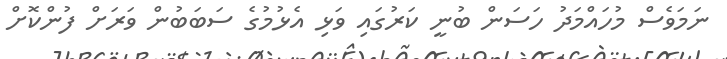
ނަމަވެސް މުހައްމަދު ހަސަން ބުނީ ކަރުގައި ވަޅި އެޅުމުގެ ސަބަބުން ވަރަށް ފުންކޮށް